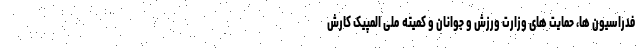
فدراسیون ها، حمایت های وزارت ورزش و جوانان و کمیته ملی المپیک کارش